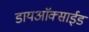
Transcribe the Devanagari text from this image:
डायअाॅक्साईड